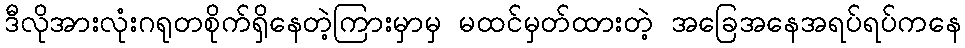
ဒီလိုအားလုံးဂရုတစိုက်ရှိနေတဲ့ကြားမှာမှ မထင်မှတ်ထားတဲ့ အခြေအနေအရပ်ရပ်ကနေ